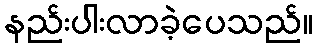
နည်းပါးလာခဲ့ပေသည်။